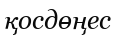
қосдөңес